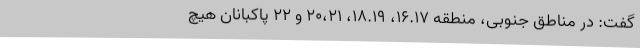
گفت:‌ در مناطق جنوبی، منطقه ۱۶.۱۷، ۱۸.۱۹، ۲۰،۲۱ و ۲۲ پاکبانان هیچ